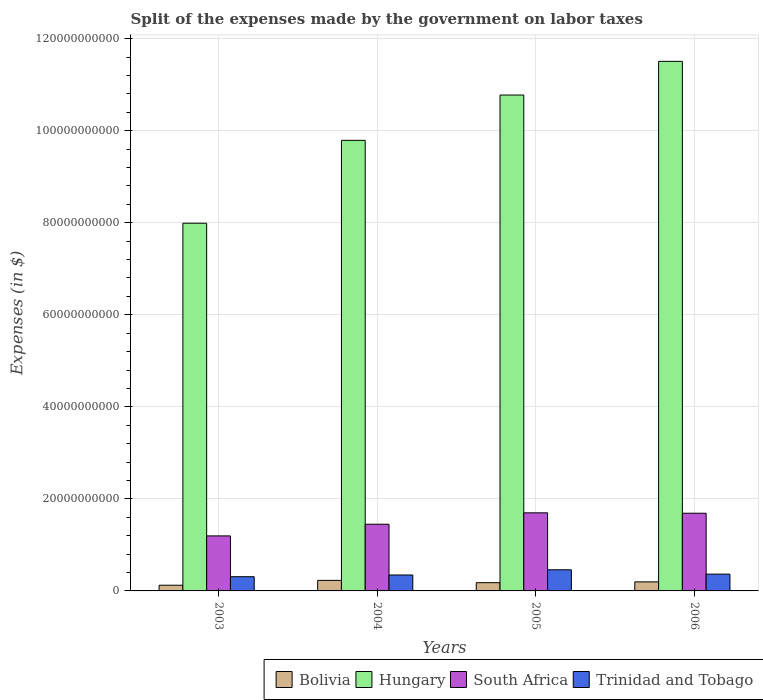
| Years | Bolivia | Hungary | South Africa | Trinidad and Tobago |
 | --- | --- | --- | --- | --- |
 | 2003 | 1.24e+09 | 7.99e+10 | 1.2e+10 | 3.09e+09 |
 | 2004 | 2.29e+09 | 9.79e+10 | 1.45e+10 | 3.46e+09 |
 | 2005 | 1.79e+09 | 1.08e+11 | 1.7e+10 | 4.59e+09 |
 | 2006 | 1.97e+09 | 1.15e+11 | 1.69e+10 | 3.65e+09 |